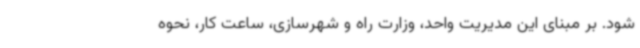
شود. بر مبنای این مدیریت واحد، وزارت راه و شهرسازی، ساعت کار، نحوه